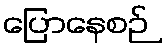
ပြောနေစဉ်